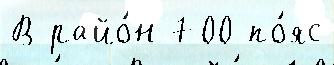
В райо́н 700 по́яс